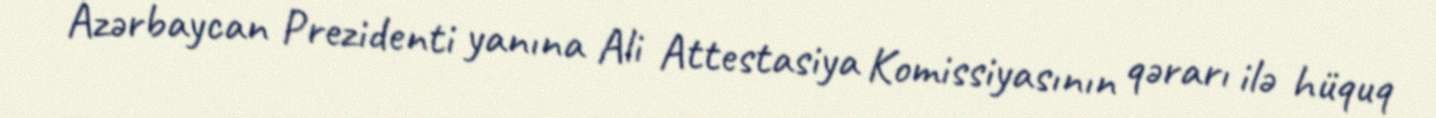
Azərbaycan Prezidenti yanına Ali Attestasiya Komissiyasının qərarı ilə hüquq